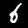
Digit: 6